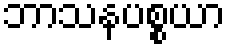
ဘာသနပစ္စယာ